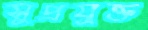
সুপ্রযুক্ত